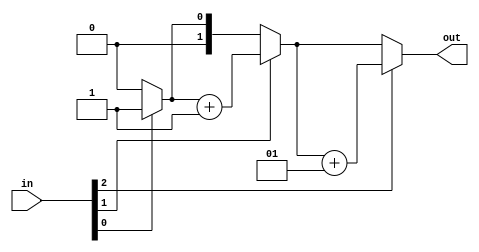
module top_module( 
    input [2:0] in,
    output [1:0] out 
);

	integer i,count;
	
    always@(*)
        begin
        	count = 0;
        	for (i=0; i<3;i=i+1)
                begin
            		if (in[i]==1'b1)
                        count = count+1;
        		end
        	out = count;
    	end
		
endmodule